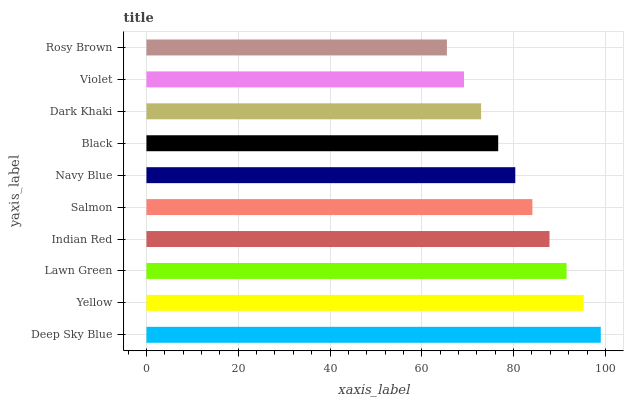
| yaxis_label | bars |
 | --- | --- |
 | Deep Sky Blue | 99 |
 | Yellow | 95.3 |
 | Lawn Green | 91.5 |
 | Indian Red | 87.8 |
 | Salmon | 84.1 |
 | Navy Blue | 80.4 |
 | Black | 76.6 |
 | Dark Khaki | 72.9 |
 | Violet | 69.2 |
 | Rosy Brown | 65.5 |